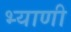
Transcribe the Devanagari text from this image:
भ्याणी